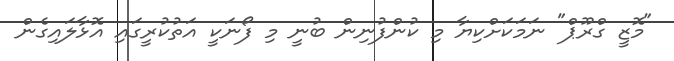
"މޮޒީ ގްރޫޕް" ނަމަކަށްކިޔާ މި ކުންފުނިން ބުނީ މި ފޯނަކީ އަތުކުރީގައި އޮޅާލައިގެން